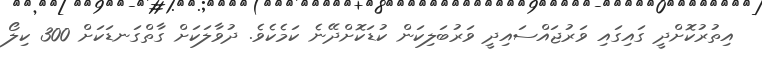
އިތުރުކޮށްދީ ގައިގައި ވަރުޖައްސައިދީ ވަރުބަލިކަން ކުޑަކޮށްދޭނެ ކަމެކެވެ. ދުވާލަކަށް ގާތްގަނޑަކަށް 300 ކިލޯ